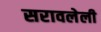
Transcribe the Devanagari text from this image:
सरावलेली